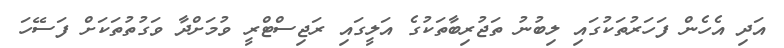
އަދި އެހެން ފަހަރުތަކުގައި ލިބުނު ތަޖުރިބާތަކުގެ އަލީގައި ރަޖިސްޓްރީ ވުމަށްދާ ވަގުތުތަކަށް ފަސޭހަ